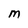
Character: M